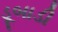
ડૂબાડી